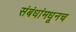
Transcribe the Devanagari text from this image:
संबंधांमधूनच